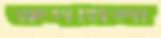
রুদমিলা